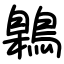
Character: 鷍